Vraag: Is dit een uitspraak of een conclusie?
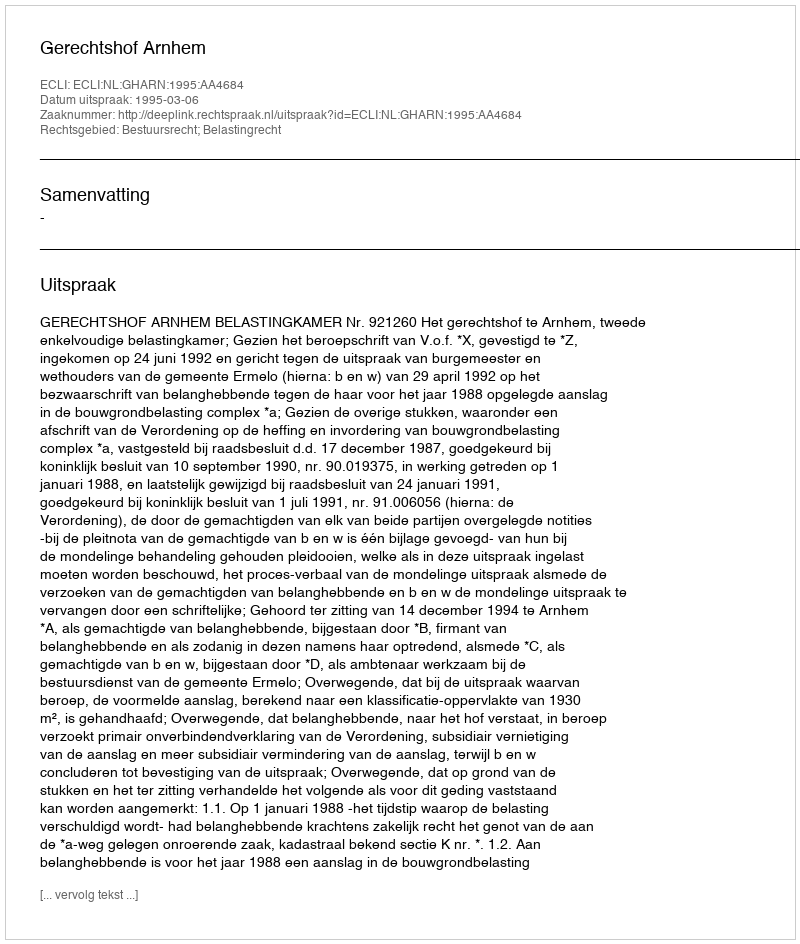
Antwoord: Uitspraak